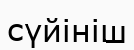
сүйініш